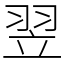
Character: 翌